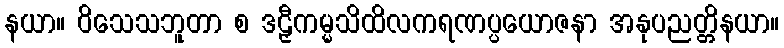
နယာ။ ဝိသေသဘူတာ စ ဒဠှီကမ္မသိထိလကရဏပ္ပယောဇနာ အနုပညတ္တိနယာ။